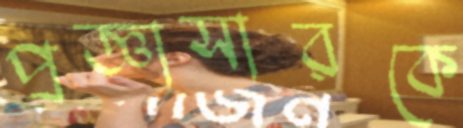
প্রজ্ঞাসারকে